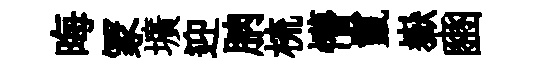
晦冡壙迎朒梳懵鬣嶽豳